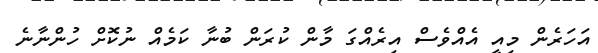
އަހަރެން މިއީ އެއްވެސް އިރެއްގަ މާން ކުރަން ބުނާ ކަމެއް ނުކޮށް ހުންނާނެ